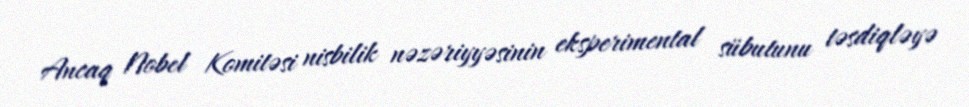
Ancaq Nobel Komitəsi nisbilik nəzəriyyəsinin eksperimental sübutunu təsdiqləyə